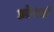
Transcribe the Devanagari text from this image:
ओसई